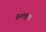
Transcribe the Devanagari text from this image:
पेन्टालून्स